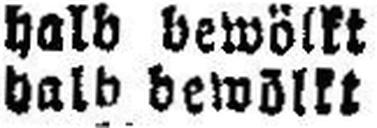
halb bewöllt